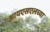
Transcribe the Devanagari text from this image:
आयएसएलच्या